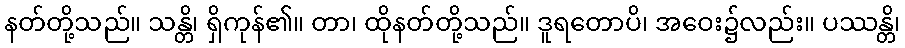
နတ်တို့သည်။ သန္တိ၊ ရှိကုန်၏။ တာ၊ ထိုနတ်တို့သည်။ ဒူရတောပိ၊ အဝေး၌လည်း။ ပဿန္တိ၊